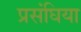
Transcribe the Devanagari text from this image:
प्रसंघिया